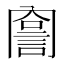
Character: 𧨣